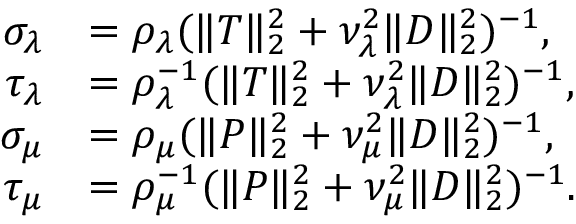
\begin{array} { r l } { \sigma _ { \lambda } } & { = \rho _ { \lambda } ( \| T \| _ { 2 } ^ { 2 } + \nu _ { \lambda } ^ { 2 } \| D \| _ { 2 } ^ { 2 } ) ^ { - 1 } , } \\ { \tau _ { \lambda } } & { = \rho _ { \lambda } ^ { - 1 } ( \| T \| _ { 2 } ^ { 2 } + \nu _ { \lambda } ^ { 2 } \| D \| _ { 2 } ^ { 2 } ) ^ { - 1 } , } \\ { \sigma _ { \mu } } & { = \rho _ { \mu } ( \| P \| _ { 2 } ^ { 2 } + \nu _ { \mu } ^ { 2 } \| D \| _ { 2 } ^ { 2 } ) ^ { - 1 } , } \\ { \tau _ { \mu } } & { = \rho _ { \mu } ^ { - 1 } ( \| P \| _ { 2 } ^ { 2 } + \nu _ { \mu } ^ { 2 } \| D \| _ { 2 } ^ { 2 } ) ^ { - 1 } . } \end{array}